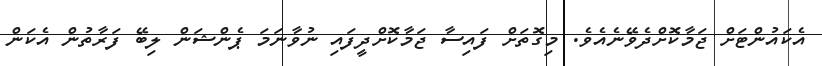
އެކައުންޓަށް ޖަމާކޮށްދެވޭނެއެވެ. މިގޮތަށް ފައިސާ ޖަމާކޮށްދީފައި ނުވާނަމަ ޕެންޝަން ލިބޭ ފަރާތުން އެކަން